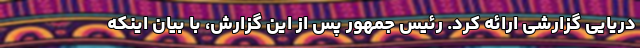
دریایی گزارشی ارائه کرد. رئیس جمهور پس از این گزارش، با بیان اینکه